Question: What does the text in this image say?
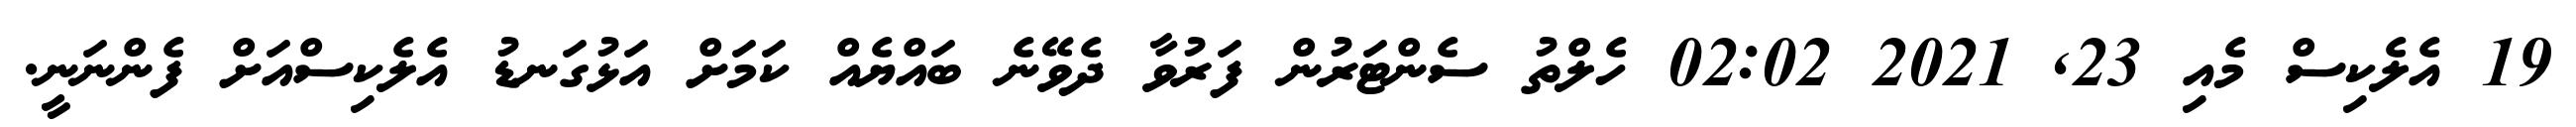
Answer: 19 އެލެކިސް މެއި 23, 2021 02:02 ހެލްތު ސެންޓަރުން ފަރުވާ ދެވޭނެ ބައްޔެއް ކަމަށް އަޅުގަނޑު އެލެކިސްއަށް ފެންނަނީ.